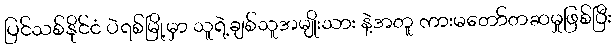
ပြင်သစ်နိုင်ငံ ပဲရစ်မြို့မှာ သူရဲ့ချစ်သူအမျိုးသား နဲ့အတူ ကားမတော်တဆမှုဖြစ်ပြီး